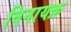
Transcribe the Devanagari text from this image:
विनायक़